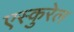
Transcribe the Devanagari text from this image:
एस्कुरेल